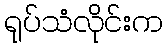
ရုပ်သံလိုင်းက